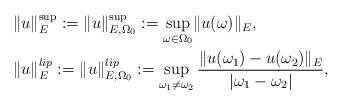
LaTeX: \begin{align*}\begin{aligned}&\lVert u \rVert_E^{\sup}:=\lVert u \rVert_{E, \Omega_0}^{\sup}:=\sup_{\omega\in\Omega_0} \lVert u(\omega) \rVert_E,\\&\lVert u \rVert_{E}^{lip}:=\lVert u \rVert_{E, \Omega_0}^{lip}:=\sup_{\omega_1\neq \omega_2} \frac{\lVert u(\omega_1)-u(\omega_2)\rVert_E}{\lvert \omega_1-\omega_2\rvert},\end{aligned}\end{align*}